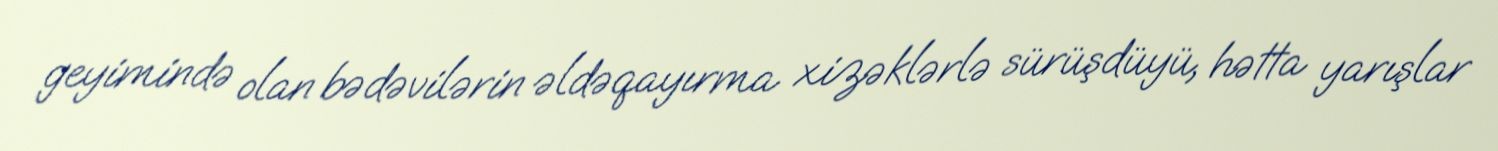
geyimində olan bədəvilərin əldəqayırma xizəklərlə sürüşdüyü, hətta yarışlar